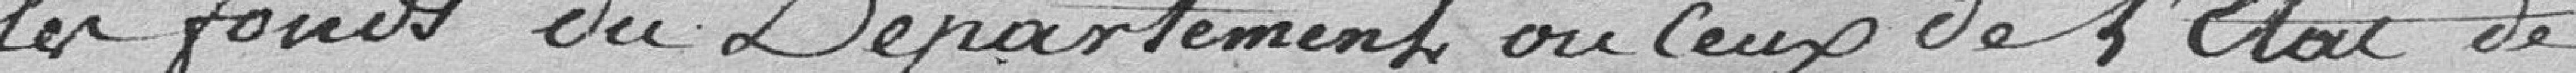
les fonds du Département ou ceux de l'Etat de